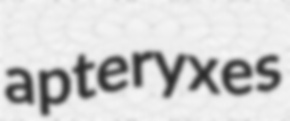
apteryxes